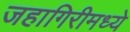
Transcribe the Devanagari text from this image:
जहागिरीमध्‍ये